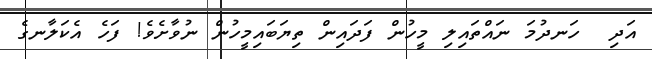
އަދި  ހަނދުމަ ނައްތައިލި މީހުން ފަދައިން ތިޔަބައިމީހުން ނުވާށެވެ! ފަހެ އެކަލާނގެ